Madras plague regulations and rules - Volume 1
Disease focus: Plague
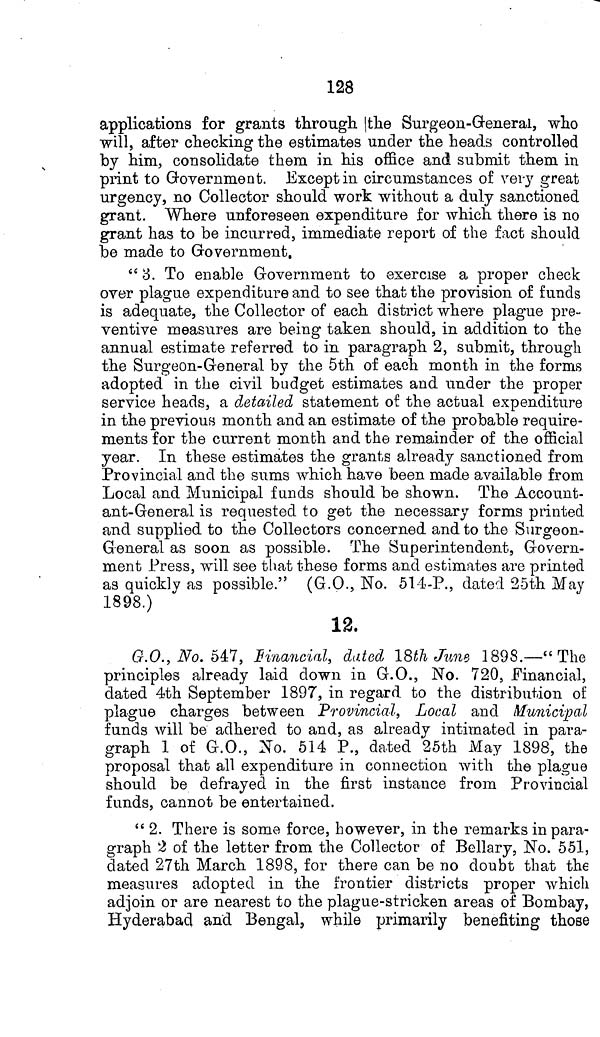
128
applications for grants through the Surgeon-General, who
will, after checking the estimates under the heads controlled
by him, consolidate them in his office and submit them in
print to Government. Except in circumstances of very great
urgency, no Collector should work without a duly sanctioned
grant. Where unforeseen expenditure for which there is no
grant has to be incurred, immediate report of the fact should
be made to Government.
" 3. To enable Government to exercise a proper check
over plague expenditure and to see that the provision of funds
is adequate, the Collector of each district where plague pre-
ventive measures are being taken should, in addition to the
annual estimate referred to in paragraph 2, submit, through
the Surgeon-General by the 5th of each month in the forms
adopted in the civil budget estimates and under the proper
service heads, a detailed statement of the actual expenditure
in the previous month and an estimate of the probable require-
ments for the current month and the remainder of the official
year. In these estimates the grants already sanctioned from
Provincial and the sums which have been made available from
Local and Municipal funds should be shown. The Account-
ant-General is requested to get the necessary forms printed
and supplied to the Collectors concerned and to the Surgeon-
General as soon as possible. The Superintendent, Govern-
ment Press, will see that these forms and estimates are printed
as quickly as possible." (G.O., No. 514-P., dated 25th May
1898.)
12.
G.O., No. 547, financial, dated 18th June 1898.—"The
principles already laid clown in G.O., No. 720, Financial,
dated 4th September 1897, in regard to the distribution of
plague charges between Provincial, Local and Municipal
funds will be adhered to and, as already intimated in para-
graph 1 of G.O., No. 514 P., dated 25th May 1898, the
proposal that all expenditure in connection with the plague
should be defrayed in the first instance from Provincial
funds, cannot be entertained.
" 2. There is some force, however, in the remarks in para-
graph "2 of the letter from the Collector of Bellary, No. 551,
dated 27th March 1898, for there can be no doubt that the
measures adopted in the frontier districts proper which
adjoin or are nearest to the plague-stricken areas of Bombay,
Hyderabad and Bengal, while primarily benefiting those